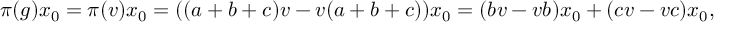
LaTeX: \pi ( g ) x _ { 0 } = \pi ( v ) x _ { 0 } = ( ( a + b + c ) v - v ( a + b + c ) ) x _ { 0 } = ( b v - v b ) x _ { 0 } + ( c v - v c ) x _ { 0 } ,